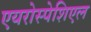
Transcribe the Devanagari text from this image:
एयरोस्पेशिएल